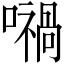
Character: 𡁜